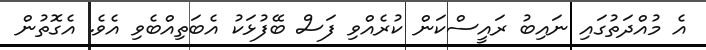
އެ މުއްދަތުގައި ނައިބު ރައީސްކަން ކުރެއްވި ފަސް ބޭފުޅަކު އެބަތިއްބެވި އެވެ. އެގޮތުން